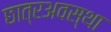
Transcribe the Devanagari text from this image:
छात्रअवस्था